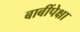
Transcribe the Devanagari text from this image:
बाबींपेक्षा